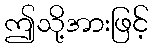
ဤသို့အားဖြင့်